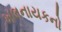
ખલનાયકનો